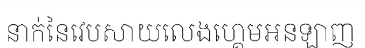
នាក់នៃវេបសាយលេងហ្គេមអនឡាញ